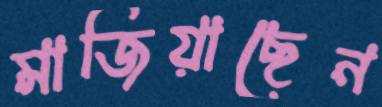
মাজিয়াছেন